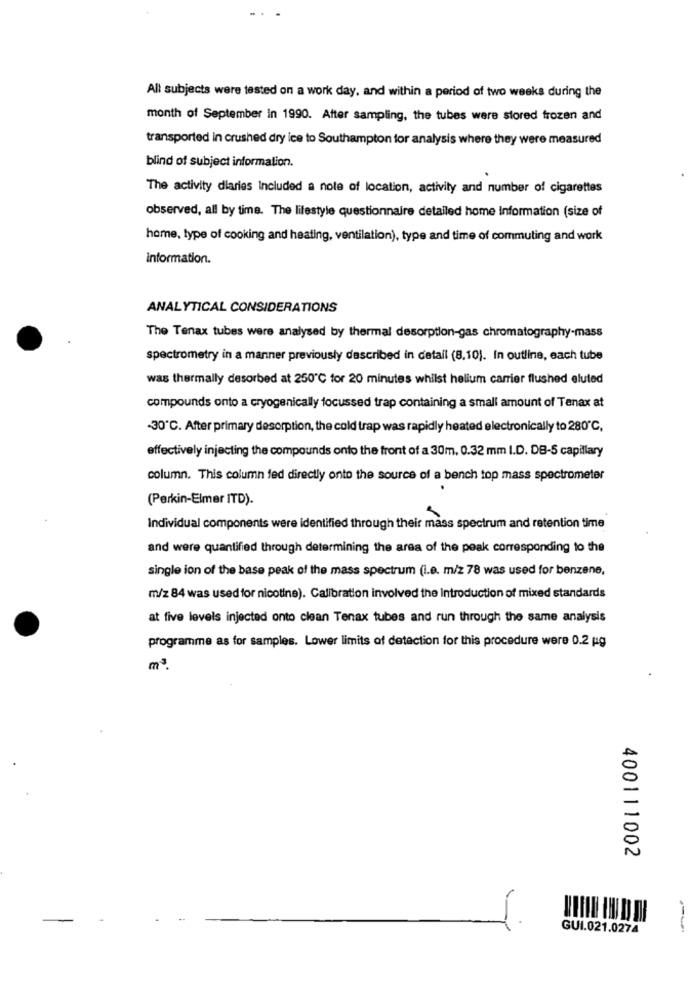
All subjects were tested on a work day, and within a period of two weeks during the
month of September In 1990. After sampling, the tubes were stored frozen and
transported in crushed dry ice to Southampton for analysis where they were measured
blind of subject information.
The activity diaries Included a note of location, activity and number of cigarettes
observed, all by time. The lifestyle questionnaire detailed home Information (size of
home, type of cooking and heating, ventilation), type and time of commuting and work
information.
ANALYTICAL CONSIDERATIONS
The Tenax tubes were analysed by thermal desorption-gas chromatography-mass
spectrometry in a manner previously described in detail (8,10). In outline, each tube
was thermally desorbed at 250℃ for 20 minutes whilst helium carrier flushed eluted
compounds onto a cryogenically focussed trap containing a small amount of Tenax at
-30℃. After primary desorption, the cold trap was rapidly heated electronically to 280℃,
effectively injecting the compounds onto the front of a 30m, 0.32 mm I.D. DB-5 capillary
column. This column fed directly onto the source of a bench top mass spectrometer
.
(Perkin-Elmer ITD).
Individual components were identified through their mass spectrum and retention time
and were quantified through determining the area of the peak corresponding to the
single ion of the base peak of the mass spectrum (i.e. m/z 78 was used for benzene,
m/z 84 was used for nicotine). Calibration involved the introduction of mixed standards
at five levels injected onto clean Tenax tubes and run through the same analysis
programme as for samples. Lower limits of detection for this procedure were 0.2 pg
m3.
400111002
GUI.021.0274
--